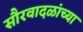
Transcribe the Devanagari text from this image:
सौरवादळांच्या